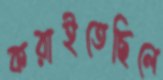
করাইতেছিলে